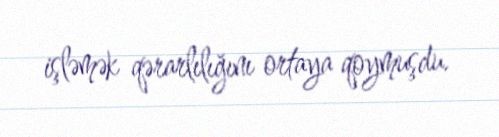
işləmək qərarlılığını ortaya qoymuşdu.